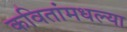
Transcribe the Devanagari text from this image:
कवितांमधल्या